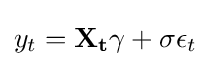
y_{t}=\mathbf {X_{t}\gamma } +\sigma \epsilon _{t}